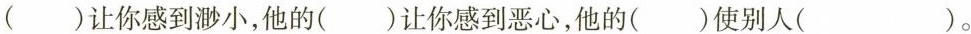
的( )让你感到渺小，他的( )让你感到恶心，他的()使别人( )。